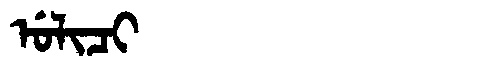
Manchu: ᡠᠯᡳᠴᡳ
Romanization: ULICI